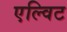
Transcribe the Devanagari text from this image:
एल्विट